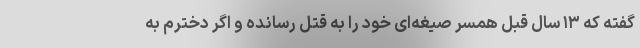
گفته که ۱۳ سال قبل همسر صیغه‌ای خود را به قتل رسانده و اگر دخترم به